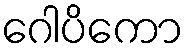
ဂေါပိကော